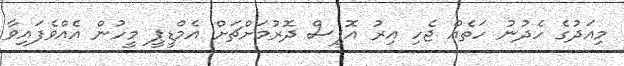
މިއަދުގެ ހެދުނު ހަތެއް ޖެހި އިރު އޮފީސް ދޮރުމަށްޗަށް އެމްޑީޕީ މީހުން އެއްވެފައިވާ